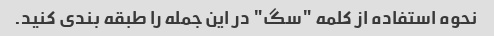
نحوه استفاده از کلمه "سگ" در این جمله را طبقه بندی کنید.